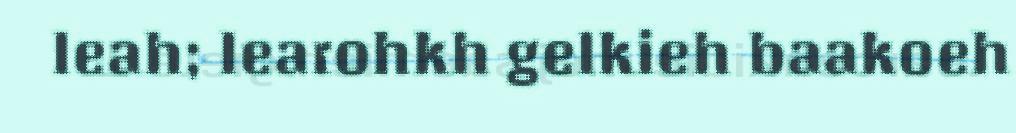
leah; learohkh gelkieh baakoeh